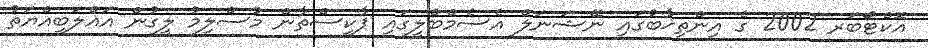
އޮކްޓޯބަރ 2002 ގެ އިންތިޚާބުގައި ނޭޝަނަލް އެސެމްބްލީގައި ޕާކިސްތާން މުސްލިމު ލީގުން އަޣްލަބިއްޔަތު